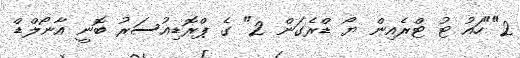
2""ހައު ޓު ޓްރެއިން ޔޯ ޑްރެގަން 2" ގެ ޕްރޮޑިއުސަރު ބޮނީ އާނޯލްޑް